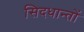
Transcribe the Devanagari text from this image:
सिदधान्‍तों